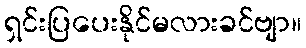
ရှင်းပြပေးနိုင်မလားခင်ဗျာ။